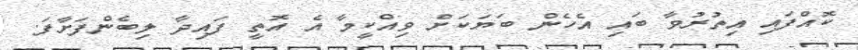
ކޮއްފައި އިތުރުވާ ބައި އެހެން ބަޔަކަށް ވިއްކީމާ އެ އޮތީ ފައިދާ ލިބެންފަށާފަ.